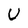
Character: U